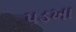
પડખા